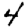
Digit: 4